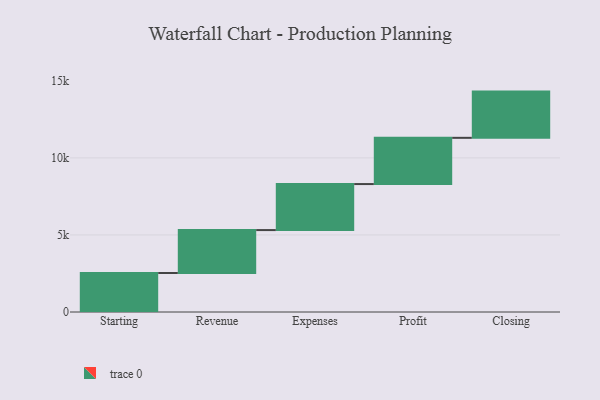
{"axis": {"x": "Step", "y": "Value"}, "legend": [""], "data": [{"x": "Starting", "y": 2532.0, "type": ""}, {"x": "Revenue", "y": 2784.0, "type": ""}, {"x": "Expenses", "y": 2986.0, "type": ""}, {"x": "Profit", "y": 3000, "type": ""}, {"x": "Closing", "y": 3000, "type": ""}]}